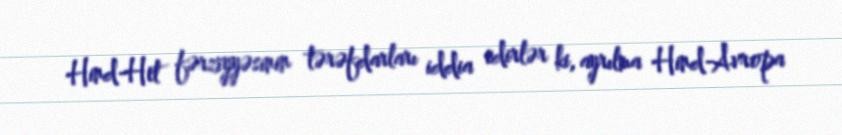
Hind-Het fərziyyəsinin tərəfdarları iddia edirlər ki, ayrılma Hind-Avropa